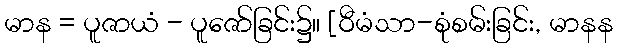
မာန = ပူဇာယံ - ပူဇော်ခြင်း၌။ [ဝီမံသာ-စုံစမ်းခြင်း, မာနန